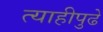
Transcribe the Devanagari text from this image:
त्याहीपुढे